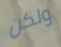
ولكن